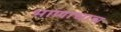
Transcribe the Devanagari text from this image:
भाणाचाच